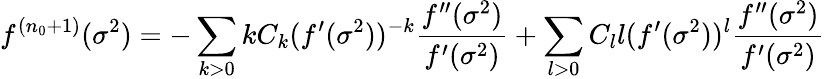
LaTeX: f^{(n_{0}+1)}(\sigma^{2})=-\sum_{k>0}kC_{k}(f^{\prime}(\sigma^{2}))^{-k}\frac{f^{\prime\prime}(\sigma^{2})}{f^{\prime}(\sigma^{2})}+\sum_{l>0}C_{l}l(f^{\prime}(\sigma^{2}))^{l}\frac{f^{\prime\prime}(\sigma^{2})}{f^{\prime}(\sigma^{2})}